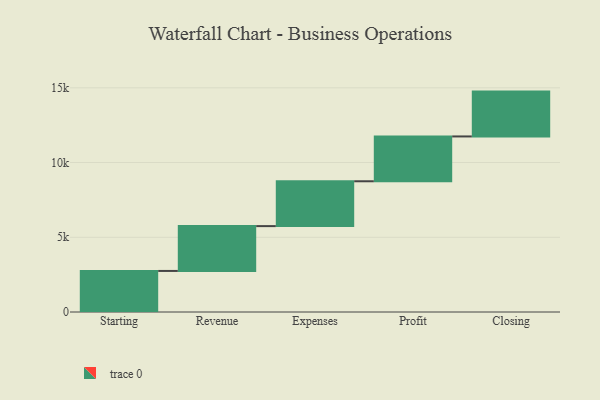
{"axis": {"x": "Step", "y": "Value"}, "legend": [""], "data": [{"x": "Starting", "y": 2747.0, "type": ""}, {"x": "Revenue", "y": 3000, "type": ""}, {"x": "Expenses", "y": 3000, "type": ""}, {"x": "Profit", "y": 3000, "type": ""}, {"x": "Closing", "y": 3000, "type": ""}]}